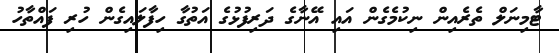
ޓާމިނަލް ތެރެއިން ނިކުމެގެން އައި އޭނާގެ ދަރިފުޅުގެ އަތުގާ ހިފާލައިގެން ހުރި ފައްތާހު